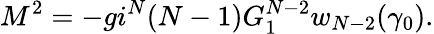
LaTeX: M^{2}=-gi^{N}(N-1)G_{1}^{N-2}w_{N-2}(\gamma_{0}).